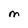
Character: M